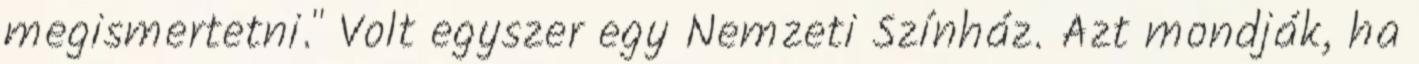
megismertetni." Volt egyszer egy Nemzeti Színház. Azt mondják, ha